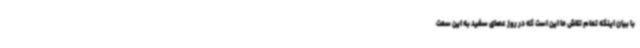
با بیان اینکه تمام تلاش ما این است که در روز عصای سفید به این سمت